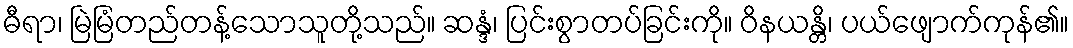
ဓီရာ၊ မြဲမြံတည်တန့်သောသူတို့သည်။ ဆန္ဒံ၊ ပြင်းစွာတပ်ခြင်းကို။ ဝိနယန္တိ၊ ပယ်ဖျောက်ကုန်၏။